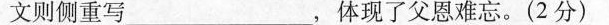
文侧重写___，体现了父恩难忘。( 2 分 )